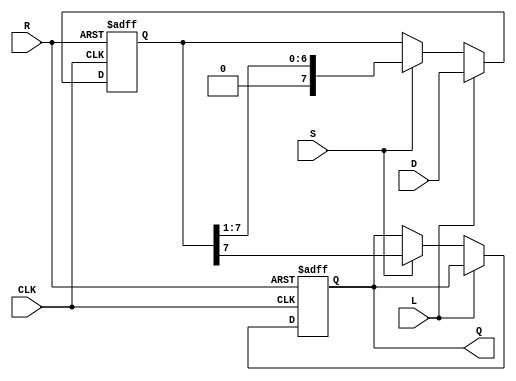
module PISO_Register #(
    parameter n = 8  // Parameter for number of bits in parallel input
)(
    input wire [n-1:0] D,  // Parallel data input
    input wire L,          // Load signal
    input wire CLK,        // Clock signal
    input wire S,          // Shift signal
    input wire R,          // Reset signal
    output reg Q           // Serial output
);

    reg [n-1:0] shift_reg;  // Shift register to hold the data

    // Asynchronous reset and loading/shift logic
    always @(posedge CLK or posedge R) begin
        if (R) begin
            // Asynchronous reset
            shift_reg <= {n{1'b0}};  // Clear the register
            Q <= 1'b0;               // Clear serial output
        end else begin
            if (L) begin
                // Load parallel data into the shift register
                shift_reg <= D;
            end else if (S) begin
                // Shift data out serially
                Q <= shift_reg[n-1];  // Output the MSB
                shift_reg <= {1'b0, shift_reg[n-1:1]}; // Shift right and fill with 0
            end
        end
    end

endmodule